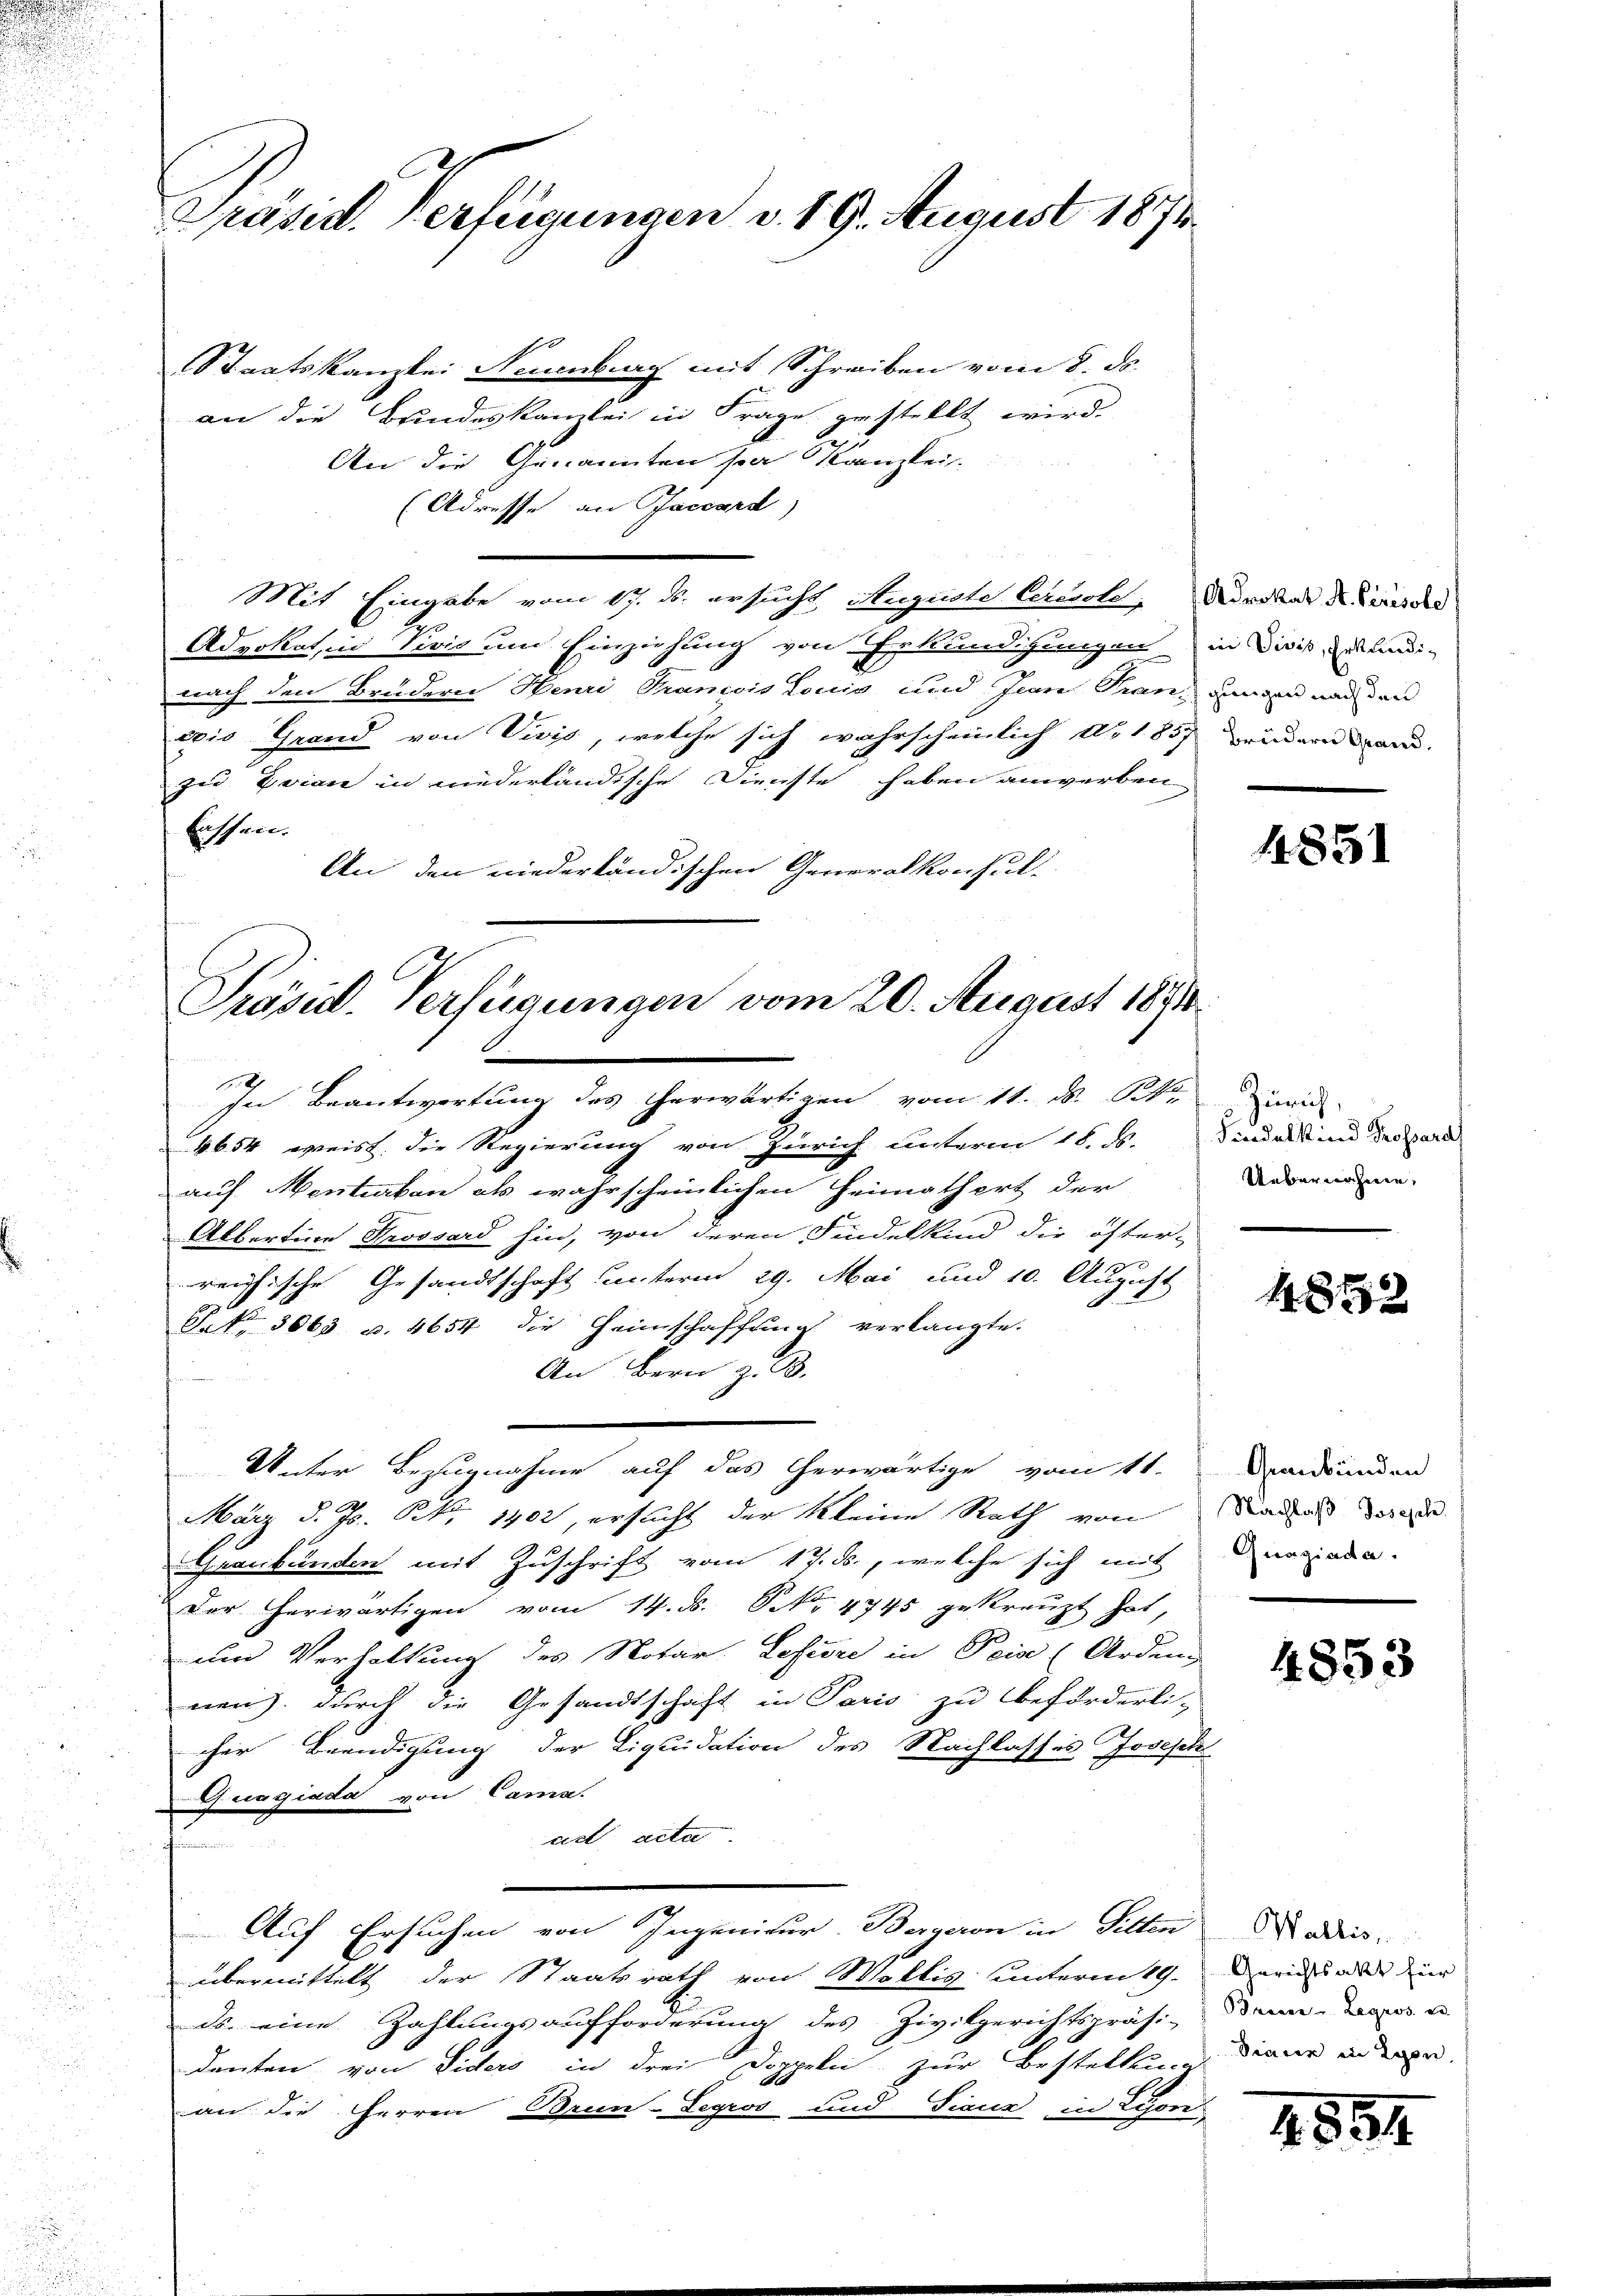
Präsid. Verfügungen v. 19. August 1874

Staatskanzlei Neuenburg mit Schreiben vom 8. ds.
an die Bundeskanzlei in Frage gestellt wird.
An die Genannten sia Kanzlei.
(Adresse an Jaccard)
Mit Eingabe vom 17. ds. ersucht Auguste Cerevole, Nordat der Kindes
Advokat, in Vivić und Einziehung von Erkundigungen in dies zu undi-
nach den Brudern Henri Trancois Louis und Jun Franz an und nach den
ois Grand von Vivis, welche sich wahrscheinlich Ao 1857 widern daru
zu Evian in niederländische Dienste haben anwerben
lassen.
An den niederländischen Generalkonsul-

Präsid. Verfügungen vom 20. August 1890
.

In Beantwortung des herwärtigen vom 11. ds. k.
4654 weist die Regierung von Zürich unterm 18. ds.
auf Menterban als wahrscheinlichen Heimathert der
Albertine Grossard hin, von deren Findelkind die öfter-
reichische Gesandtschaft unterm 29. Mai und 10. August
J No 3663 u. 4654 die Heimschaffung verlangte.
An Bern z. B.
Unter Bezugnahme auf das herwärtige vom 11.
März d. Js. Nr. 1402, ersucht der kleine Rath von
Graubünden mit Zuschrift vom 17. ds., welche sich mit
Der herwärtigen vom 14. ds. Frk. 4745 gekreuzt hat,
um Verhaltung des Notar Lefevre in Pein (Arden.
nen) durch die Gesandtschaft in Paris zu beförderli-
cher Beendigung der Liquidation des Nachlasses Joseph
Gurgiada von Camp.
ad acta
.
Auf Ersuchen von Ingenieur-Bergeron in Pitten
übermittelt der Staatsrath von Wallis unterm 19.
ds. eine Zahlungsaufforderung des Zivilgerichtspräsi-
danten von Siders in drei Doppelei zur Bestellung
an die HHerren Brun-Legros und Fieur in Lyon

4851

Zürich
Findelkind Prossard
Uebernahme.

1875

Graubünden
Nachlaß Joseph
Quagiada.

4853

Wallis,
Gerichtsakt für
Breser Legros er
Braun in Lyon,

4854